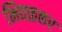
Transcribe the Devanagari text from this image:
भिवळकर